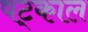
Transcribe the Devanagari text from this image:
षट्काल